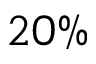
2 0 \%